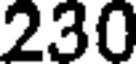
230